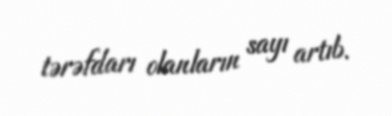
tərəfdarı olanların sayı artıb.